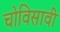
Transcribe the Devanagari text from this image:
चोविसावी